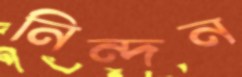
নিন্দন